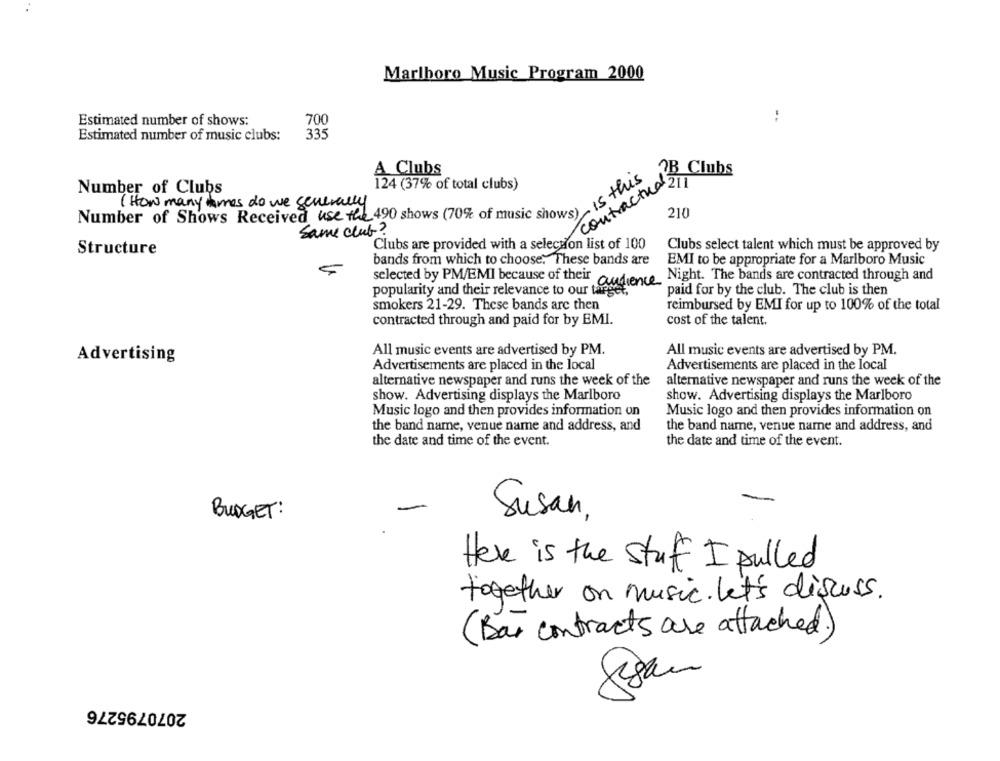
Marlboro Music Program 2000
Estimated number of shows:
-.
700
Estimated number of music clubs:
335
A Clubs
is this
OB Clubs
contractual
Number of Clubs
124 (37% of total clubs)
( How many times do we generally
210
Number of Shows Received use the 490 shows (70% of music shows)
Same club?
Clubs are provided with a selection list of 100
Structure
Clubs select talent which must be approved by
bands from which to choose. These bands are
EMI to be appropriate for a Marlboro Music
selected by PM/EMI because of their audience Night. The bands are contracted through and
popularity and their relevance to our targe
paid for by the club. The club is then
smokers 21-29. These bands arc then
reimbursed by EMI for up to 100% of the total
contracted through and paid for by EMI.
cost of the talent.
All music events are advertised by PM.
Advertising
All music events are advertised by PM.
Advertisements are placed in the local
Advertisements are placed in the local
alternative newspaper and runs the week of the
alternative newspaper and runs the week of the
show. Advertising displays the Marlboro
show. Advertising displays the Marlboro
Music logo and then provides information on
Music logo and then provides information on
the band name, venue name and address, and
the band name, venue name and address, and
the date and time of the event.
the date and time of the event.
BUDGET :
Susan
Here is the stuff I pulled
together on music. let's discuss.
(Bar contracts are attached)
2070795276